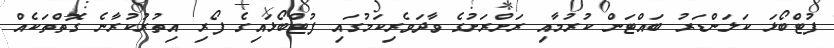
ފުޓްބޯޅަ ކަލަންޑަރު ބައްޓަން ކުރުމާއި ރަށްރަށުގެ ވާދަވެރިކަމުގައި ފުޓްބޯޅައިގެ ފޯރި އިތުރުކުރާނެ ގޮތްތަކެއް